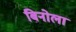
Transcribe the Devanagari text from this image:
बिनोला